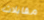
مقابلات